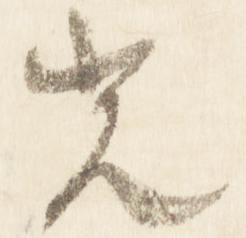
光